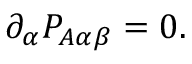
\partial _ { \alpha } P _ { A \alpha \beta } = 0 .